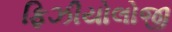
ફિઝીયોલોજી